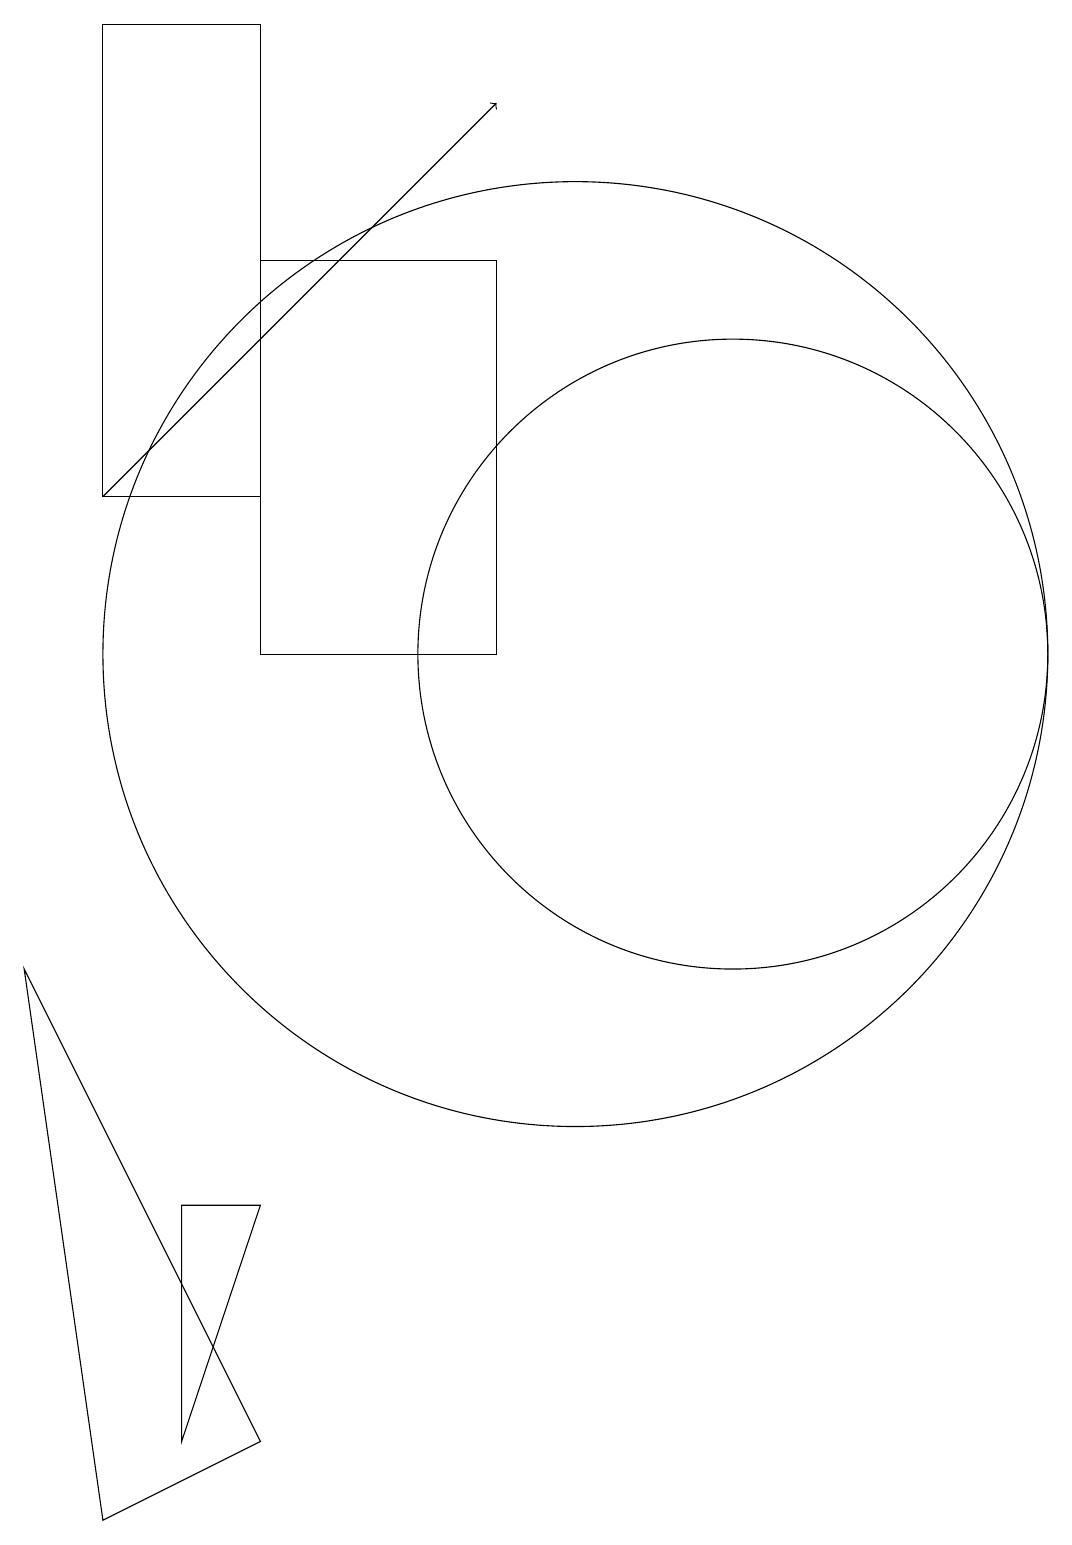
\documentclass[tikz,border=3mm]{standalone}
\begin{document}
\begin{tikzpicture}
\draw (6,16) rectangle (9,11);
\draw (6,4) -- (5,4) -- (5,1) -- cycle;
\draw[->] (4,13) -- (9,18);
\draw (3,7) -- (4,0) -- (6,1) -- cycle;
\draw (6,19) rectangle (4,13);
\draw (10,11) circle (6);
\draw (12,11) circle (4);
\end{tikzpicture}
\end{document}